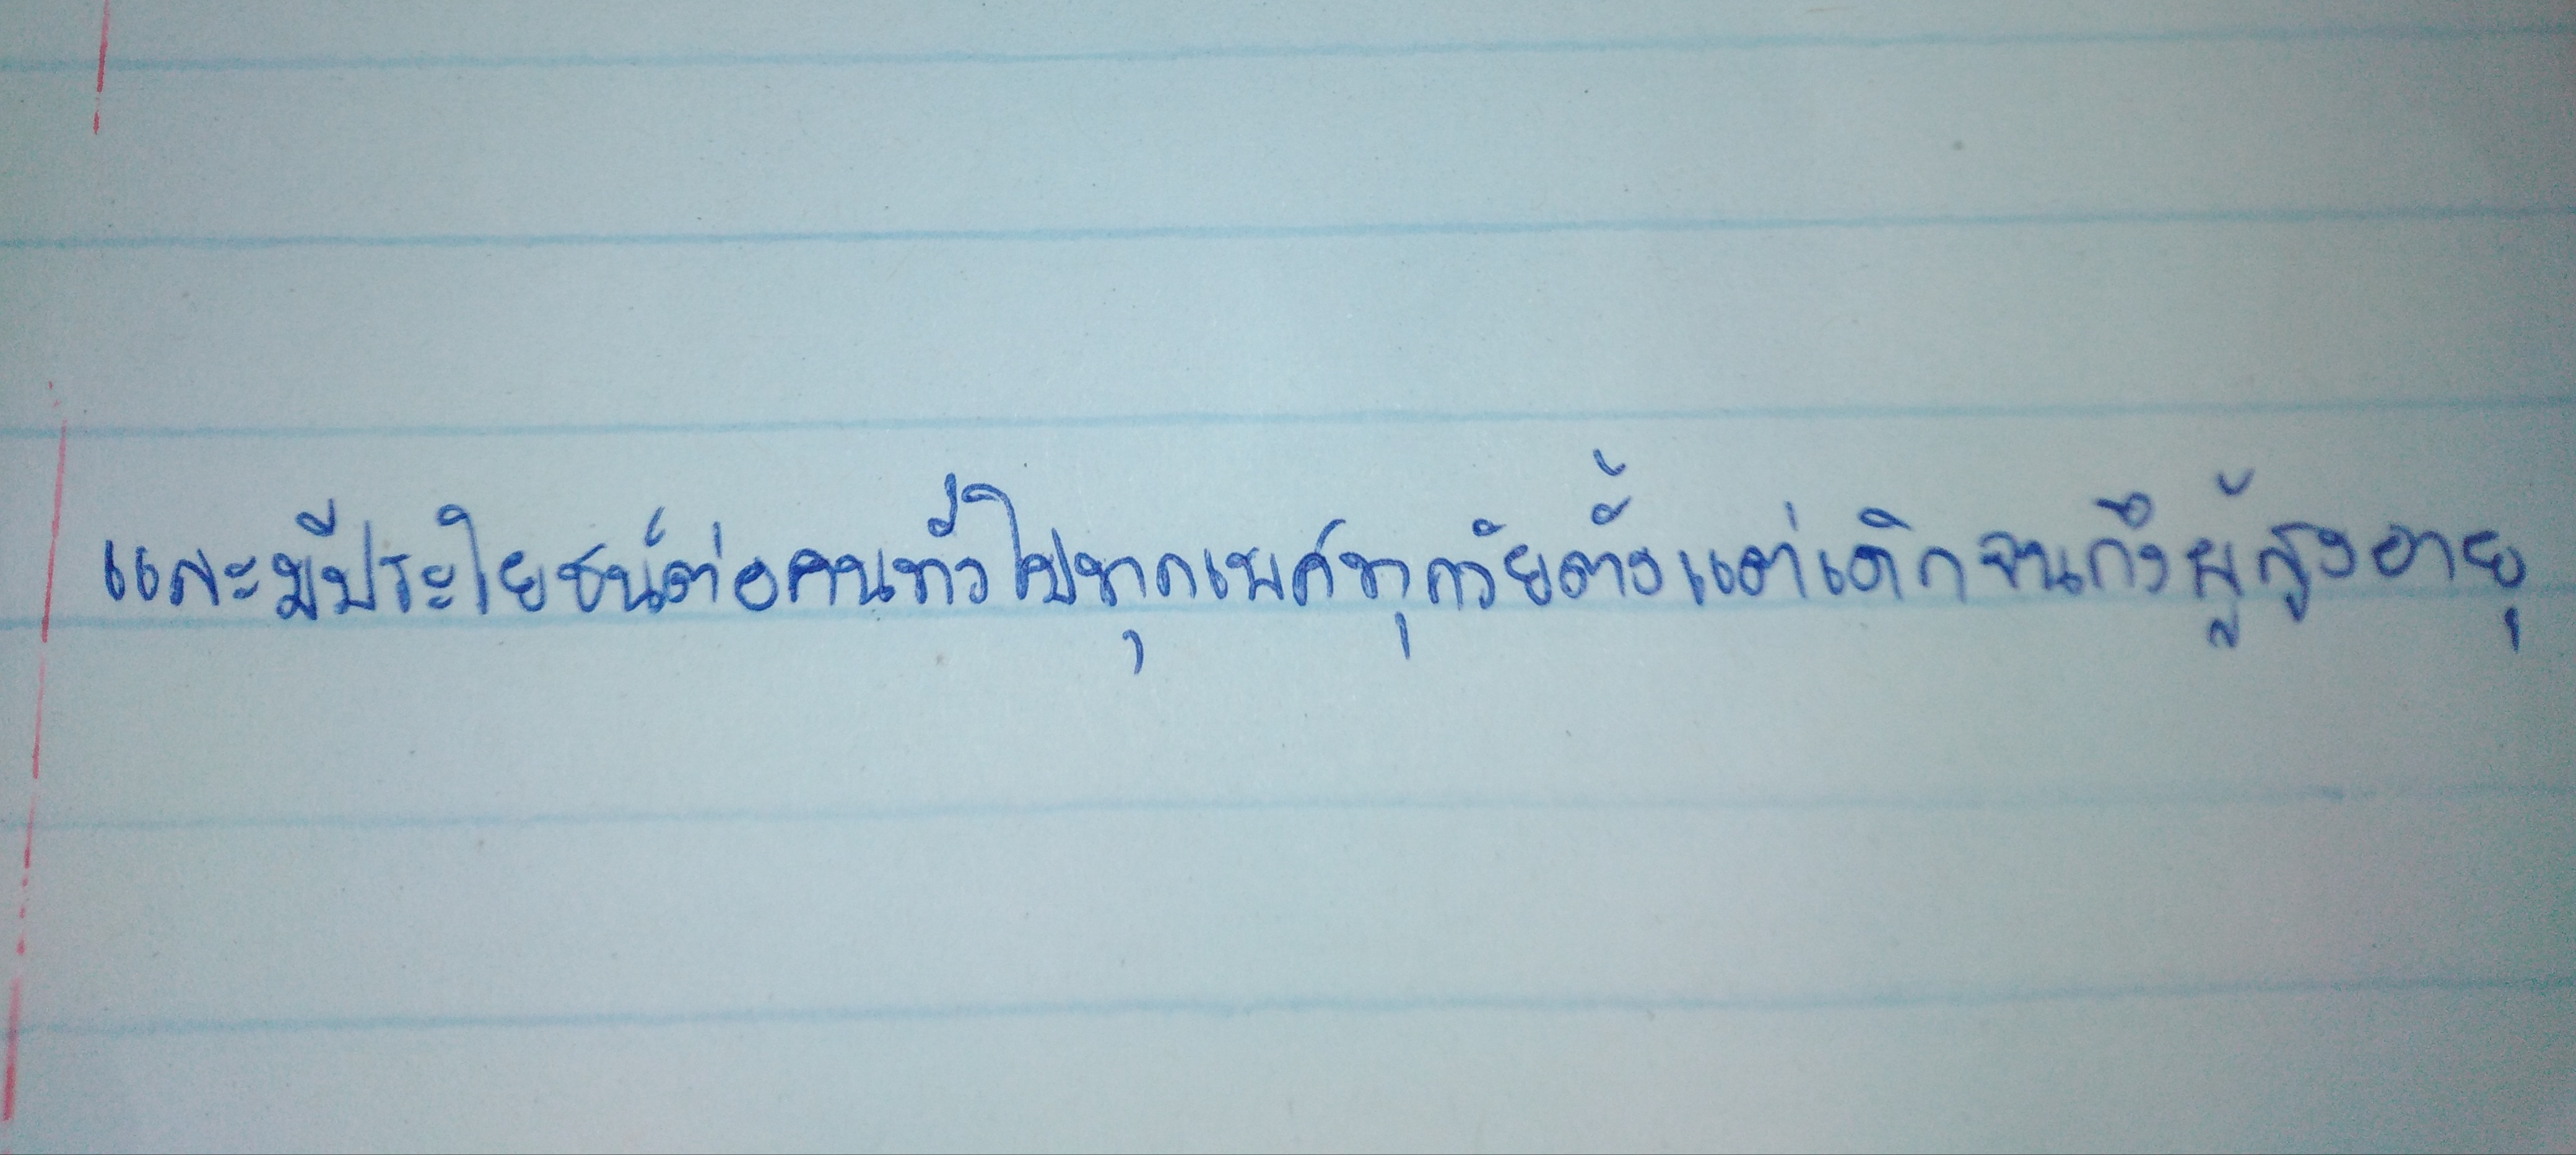
และมีประโยชน์ต่อคนทั่วไปทุกเพศทุกวัยตั้งแต่เด็กจนถึงผู้สูงอายุ